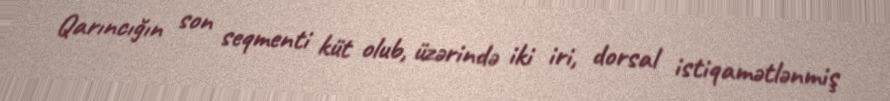
Qarıncığın son seqmenti küt olub, üzərində iki iri, dorsal istiqamətlənmiş